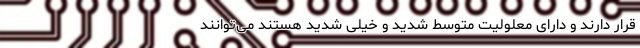
قرار دارند و دارای معلولیت متوسط شدید و خیلی شدید هستند می‌توانند